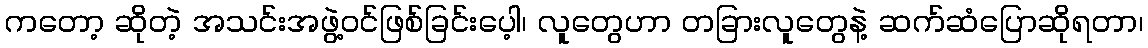
ကတော့ ဆိုတဲ့ အသင်းအဖွဲ့ဝင်ဖြစ်ခြင်းပေ့ါ၊ လူတွေဟာ တခြားလူတွေနဲ့ ဆက်ဆံပြောဆိုရတာ၊